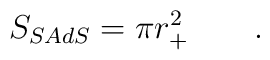
S_{SAdS}= \pi r_+^2 \qquad .